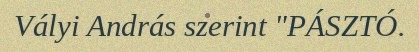
Vályi András szerint "PÁSZTÓ.